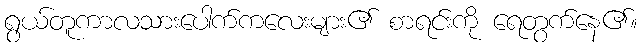
ရွယ်တူကာလသားပေါက်ကလေးများ၏ စာရင်းကို ရေတွက်နေ၏။